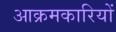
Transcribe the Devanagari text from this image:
आक्रमकारियों